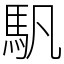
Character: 䭵